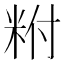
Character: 𥹃